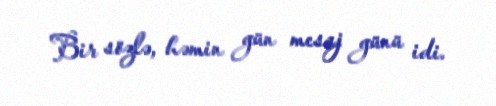
Bir sözlə, həmin gün mesaj günü idi.